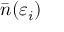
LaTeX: { \bar { n } } ( \varepsilon _ { i } )